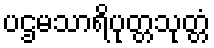
ပဌမသာရိပုတ္တသုတ္တံ